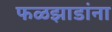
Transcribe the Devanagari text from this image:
फळझाडांना